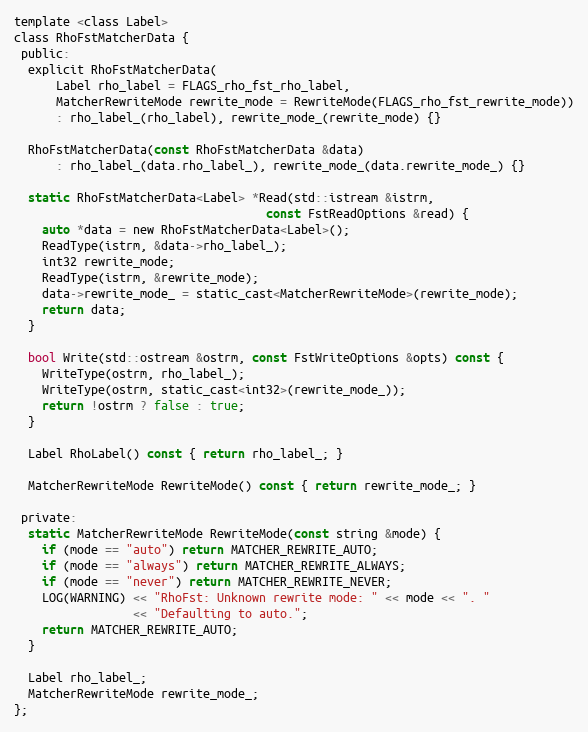
Language: C
template <class Label>
class RhoFstMatcherData {
 public:
  explicit RhoFstMatcherData(
      Label rho_label = FLAGS_rho_fst_rho_label,
      MatcherRewriteMode rewrite_mode = RewriteMode(FLAGS_rho_fst_rewrite_mode))
      : rho_label_(rho_label), rewrite_mode_(rewrite_mode) {}

  RhoFstMatcherData(const RhoFstMatcherData &data)
      : rho_label_(data.rho_label_), rewrite_mode_(data.rewrite_mode_) {}

  static RhoFstMatcherData<Label> *Read(std::istream &istrm,
                                    const FstReadOptions &read) {
    auto *data = new RhoFstMatcherData<Label>();
    ReadType(istrm, &data->rho_label_);
    int32 rewrite_mode;
    ReadType(istrm, &rewrite_mode);
    data->rewrite_mode_ = static_cast<MatcherRewriteMode>(rewrite_mode);
    return data;
  }

  bool Write(std::ostream &ostrm, const FstWriteOptions &opts) const {
    WriteType(ostrm, rho_label_);
    WriteType(ostrm, static_cast<int32>(rewrite_mode_));
    return !ostrm ? false : true;
  }

  Label RhoLabel() const { return rho_label_; }

  MatcherRewriteMode RewriteMode() const { return rewrite_mode_; }

 private:
  static MatcherRewriteMode RewriteMode(const string &mode) {
    if (mode == "auto") return MATCHER_REWRITE_AUTO;
    if (mode == "always") return MATCHER_REWRITE_ALWAYS;
    if (mode == "never") return MATCHER_REWRITE_NEVER;
    LOG(WARNING) << "RhoFst: Unknown rewrite mode: " << mode << ". "
                 << "Defaulting to auto.";
    return MATCHER_REWRITE_AUTO;
  }

  Label rho_label_;
  MatcherRewriteMode rewrite_mode_;
};